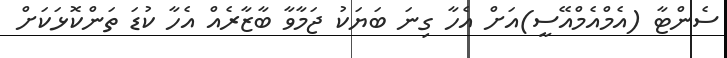
ސެންޓާ (އެމްއެމްއޭސީ)އަށް އެހާ ގިނަ ބަޔަކު ޖަމާވާ ބާޒާރެެއް އެހާ ކުޑަ ތަންކޮޅަކަށް